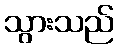
သွားသည်